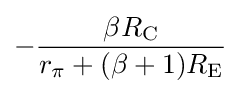
-{\frac {\beta R_{\text{C}}}{r_{\pi }+(\beta +1)R_{\text{E}}}}